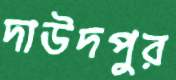
দাউদপুর